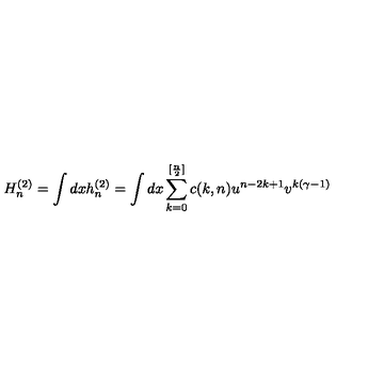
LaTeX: H _ { n } ^ { ( 2 ) } = \int d x h _ { n } ^ { ( 2 ) } = \int d x \sum _ { k = 0 } ^ { [ { \frac { n } { 2 } } ] } c ( k , n ) u ^ { n - 2 k + 1 } v ^ { k ( \gamma - 1 ) }